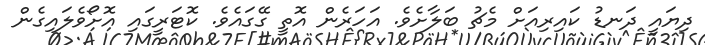
ދިޔައީ ދަނޑު ކައިރިއަށް މެޗު ބަލާށެވެ. އަހަރެން އޮތީ ގޭގައެވެ. ކޮޓަރީގައި އޮށޯވެލައިގެން